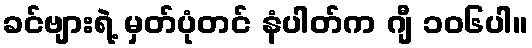
ခင်ဗျားရဲ့ မှတ်ပုံတင် နံပါတ်က ဂျီ ၁၀၆ပါ။